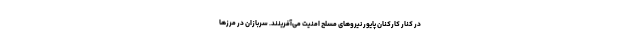
در کنار کارکنان پایور نیروهای مسلح امنیت می‌آفرینند. سربازان در مرزها